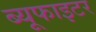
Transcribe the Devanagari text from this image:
ब्यूफाइटर